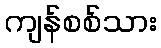
ကျန်စစ်သား